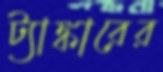
ট্যাঙ্কারের